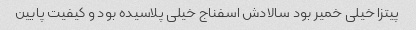
پیتزا خیلی خمیر بود سالادش اسفناج خیلی پلاسیده بود و کیفیت پایین